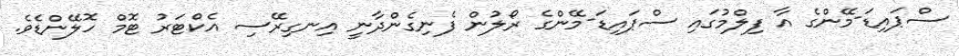
ސްޕައިޑަ-މޭންގެ އާ ފިލްމުގައި ސްޕައިޑަ-މޭންގެ ރޯލުން ފެނިގެންދާނީ އިނގިރޭސި އެކްޓަރު ޓޮމް ހޮލޭންޑެވެ.